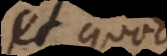
et quomodo